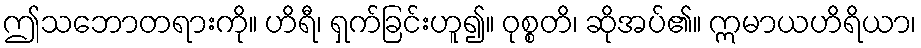
ဤသဘောတရားကို။ ဟိရီ၊ ရှက်ခြင်းဟူ၍။ ဝုစ္စတိ၊ ဆိုအပ်၏။ ဣမာယဟိရိယာ၊